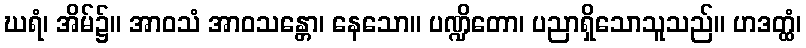
ဃရံ၊ အိမ်၌။ အာဝသံ အာဝသန္တော၊ နေသော။ ပဏ္ဍိတော၊ ပညာရှိသောသူသည်။ ဟဒတ္ထံ၊